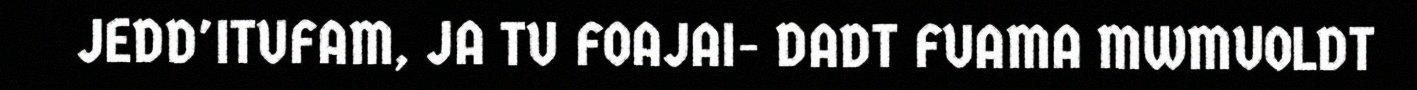
JEDD'ITUFAM, JA TU FOAJAI- DADT FUAMA MWMUOLDT